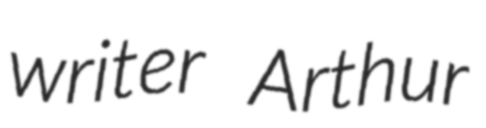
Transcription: writer Arthur